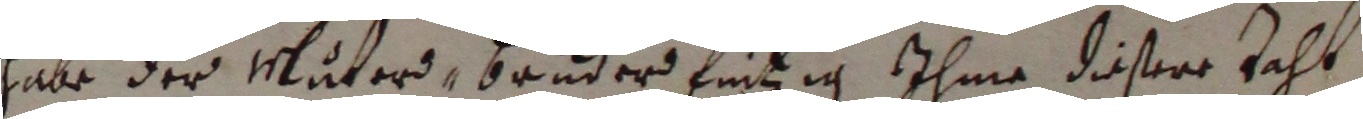
habe der muters bruder feitzig ihme disere zahl